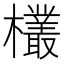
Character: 欉